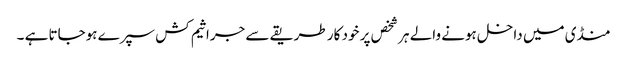
منڈی میں داخل ہونے والے ہر شخص پر خود کار طریقے سے جراثیم کش سپرے ہوجاتا ہے ۔